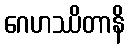
ဂေဟဿိတာနိ